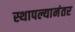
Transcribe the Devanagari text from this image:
स्थापल्यानंतर